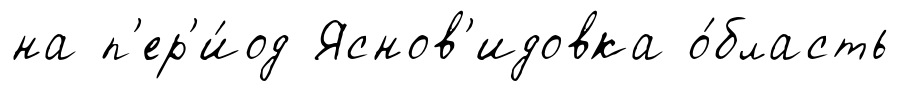
на п'ер'и́од Яснов'идовка о́бласть